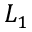
L _ { 1 }